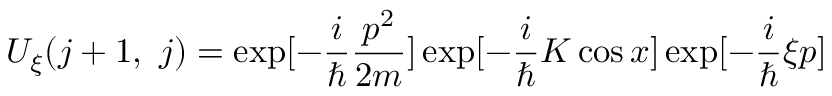
U _ { \xi } ( j + 1 , ~ j ) = \exp [ - \frac { i } { \hbar } \frac { p ^ { 2 } } { 2 m } ] \exp [ - \frac { i } { \hbar } K \cos x ] \exp [ - \frac { i } { \hbar } \xi p ]